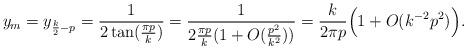
LaTeX: \begin{align*}y_m = y_{\frac{k}{2}-p} = \frac{1}{2 \tan(\frac{\pi p}{k})} = \frac{1}{2 \frac{\pi p}{k} (1 + O(\frac{p^2}{k^2}))} = \frac{k}{2 \pi p} \Big(1 + O(k^{-2} p^2)\Big). \end{align*}